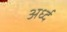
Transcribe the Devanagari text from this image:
अर्ध्द